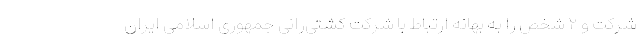
شرکت و ۲ شخص را به بهانه ارتباط با شرکت کشتی‌رانی جمهوری اسلامی ایران